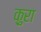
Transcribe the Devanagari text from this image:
क़ुरा